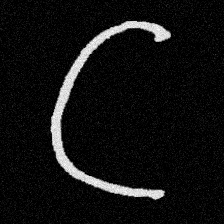
Pyu character \u2014 Myanmar letter: ဋ (romanized: tta)